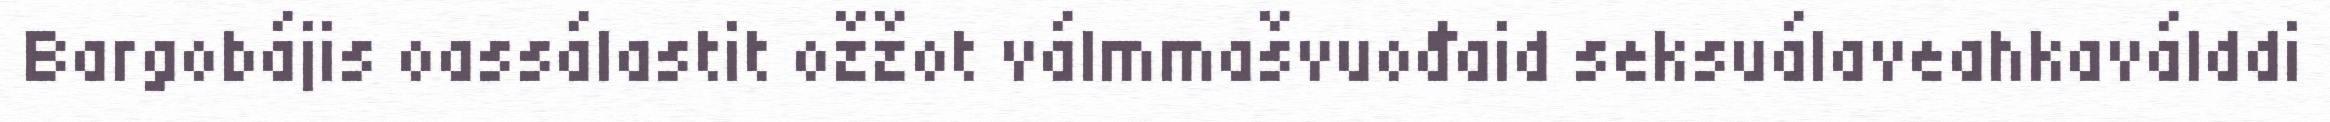
Bargobájis oassálastit ožžot válmmašvuođaid seksuálaveahkaválddi